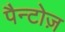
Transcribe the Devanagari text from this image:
पैन्टोज़